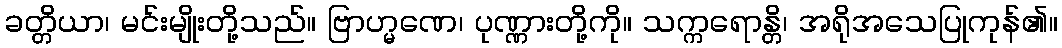
ခတ္တိယာ၊ မင်းမျိုးတို့သည်။ ဗြာဟ္မဏေ၊ ပုဏ္ဏားတို့ကို။ သက္ကရောန္တိ၊ အရိုအသေပြုကုန်၏။